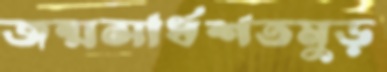
জন্মসার্ধশতমুড়